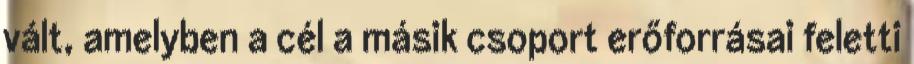
vált, amelyben a cél a másik csoport erőforrásai feletti